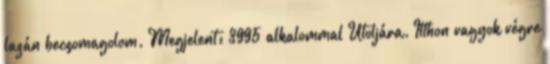
lazán becsomagolom. Megjelent: 3995 alkalommal Utoljára. Itthon vagyok végre